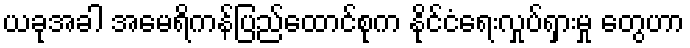
ယခုအခါ အမေရိကန်ပြည်ထောင်စုက နိုင်ငံရေးလှုပ်ရှားမှု တွေဟာ